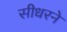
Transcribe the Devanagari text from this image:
सीधरने